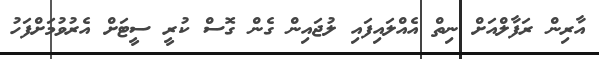
އާރިން ރަފާލްއަށް ނިތް އެއްލައިފައި ލުޖައިން ގެން ގޮސް ކުރީ ސީޓަށް އެރުވުމަށްފަހު